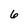
Character: 6